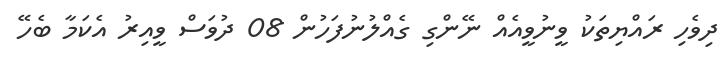
ދިވެހި ރައްޔިތަކު ވީނުވީއެއް ނޭންގި ގެއްލުނުފަހުން 08 ދުވަސް ވީއިރު އެކަމާ ބެހޭ